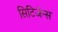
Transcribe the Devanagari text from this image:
सिटिजेन्स